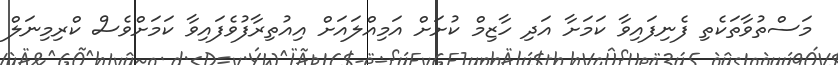
މަސްތުވާތަކެތި ފެނިފައިވާ ކަމަށާ އަދި ހާޒިމް ކުށަށް އަމިއްލައަށް އިއުތިރާފުވެފައިވާ ކަމަށްވެސް ކްރިމިނަލް